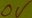
Text: 0V